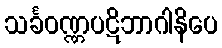
သင်္ခဝဏ္ဏပဋိဘာဂါနိပေ